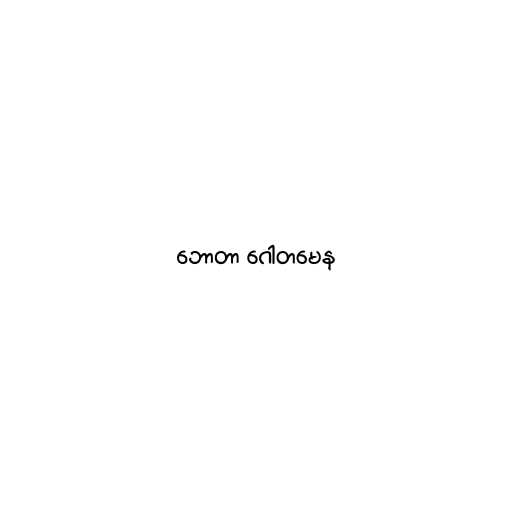
ဘောတာ ဂေါတမေန